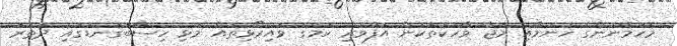
މެހުމާނުންގެ ހުނުމާއި މަޖާ ވާހަކަތަކުން އުފާވެރި ކަމުގެ ވައިރޯޅިތައް މުޅި ހިސާބުގަނޑުގައި ދަތުރު